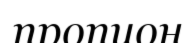
пропион